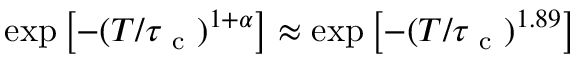
\exp \left[ - ( T / \tau _ { \mathrm { ~ c ~ } } ) ^ { 1 + \alpha } \right] \approx \exp \left[ - ( T / \tau _ { \mathrm { ~ c ~ } } ) ^ { 1 . 8 9 } \right]